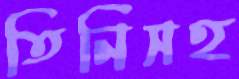
তিনিসহ